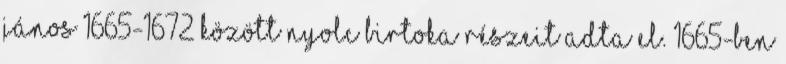
János 1665-1672 között nyolc birtoka részeit adta el. 1665-ben